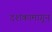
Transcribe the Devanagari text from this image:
दशकामागून